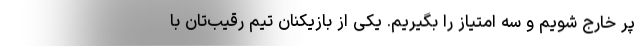
پر خارج شویم و سه امتیاز را بگیریم. یکی از بازیکنان تیم رقیب‌تان با